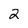
Character: 2